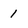
Character: 1